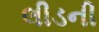
લીડની